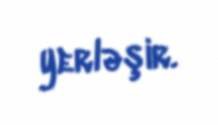
yerləşir.